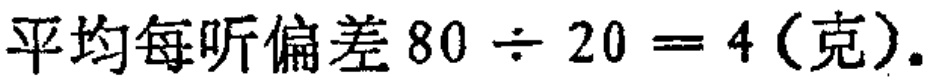
平均每听偏差\(80\div 20 = 4(\text{克})\)